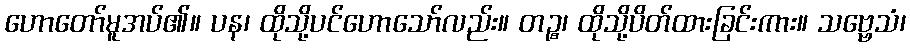
ဟောတော်မူအပ်၏။ ပန၊ ထိုသို့ပင်ဟောသော်လည်း။ တဉ္စ၊ ထိုသို့ပိတ်ထားခြင်းကား။ သဗ္ဗေသံ၊